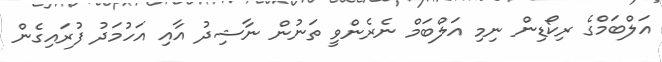
އަލްބަމްގެ ރިކޯޑިން ނިމި އަލްބަމް ނެރެންވީ ތަނުން ނާޝިދު އާއި އަހުމަދު ފުރައިގެން